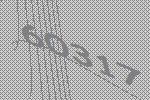
60317